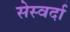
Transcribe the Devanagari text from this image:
सेस्वर्दा